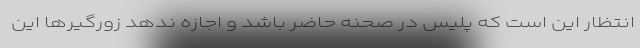
انتظار این است که پلیس در صحنه حاضر باشد و اجازه ندهد زورگیرها این